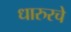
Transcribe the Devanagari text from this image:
धारुरचे